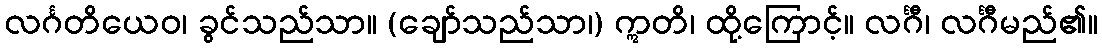
လင်္ဂတိယေဝ၊ ခွင်သည်သာ။ (ချော်သည်သာ၊) ဣတိ၊ ထို့ကြောင့်။ လင်္ဂီ၊ လင်္ဂီမည်၏။